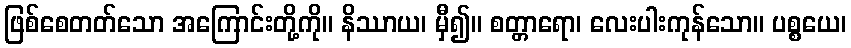
ဖြစ်စေတတ်သော အကြောင်းတို့ကို။ နိဿာယ၊ မှီ၍။ စတ္တာရော၊ လေးပါးကုန်သော။ ပစ္စယေ၊